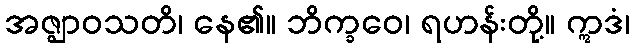
အဇ္ဈာဝသတိ၊ နေ၏။ ဘိက္ခဝေ၊ ရဟန်းတို့။ ဣဒံ၊